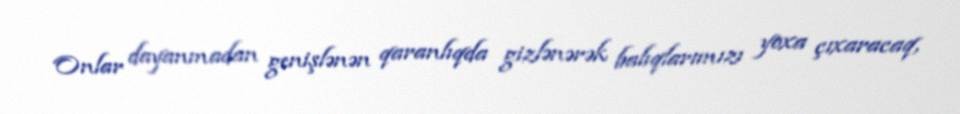
Onlar dayanmadan genişlənən qaranlıqda gizlənərək balıqlarımızı yoxa çıxaracaq,